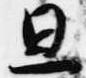
旦